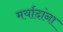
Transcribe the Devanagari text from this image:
मर्यादांना